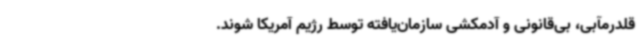
قلدرمآبی، بی‌قانونی و آدمکشی سازمان‌یافته توسط رژیم آمریکا شوند.